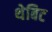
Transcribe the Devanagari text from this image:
थेबिट